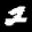
Label: 2